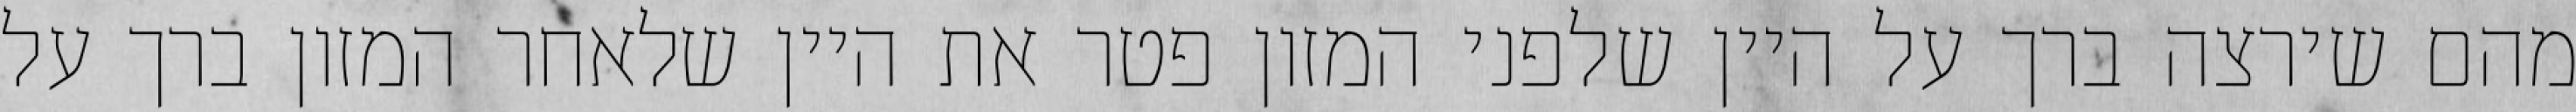
מהם שירצה ברך על היין שלפני המזון פטר את היין שלאחר המזון ברך על